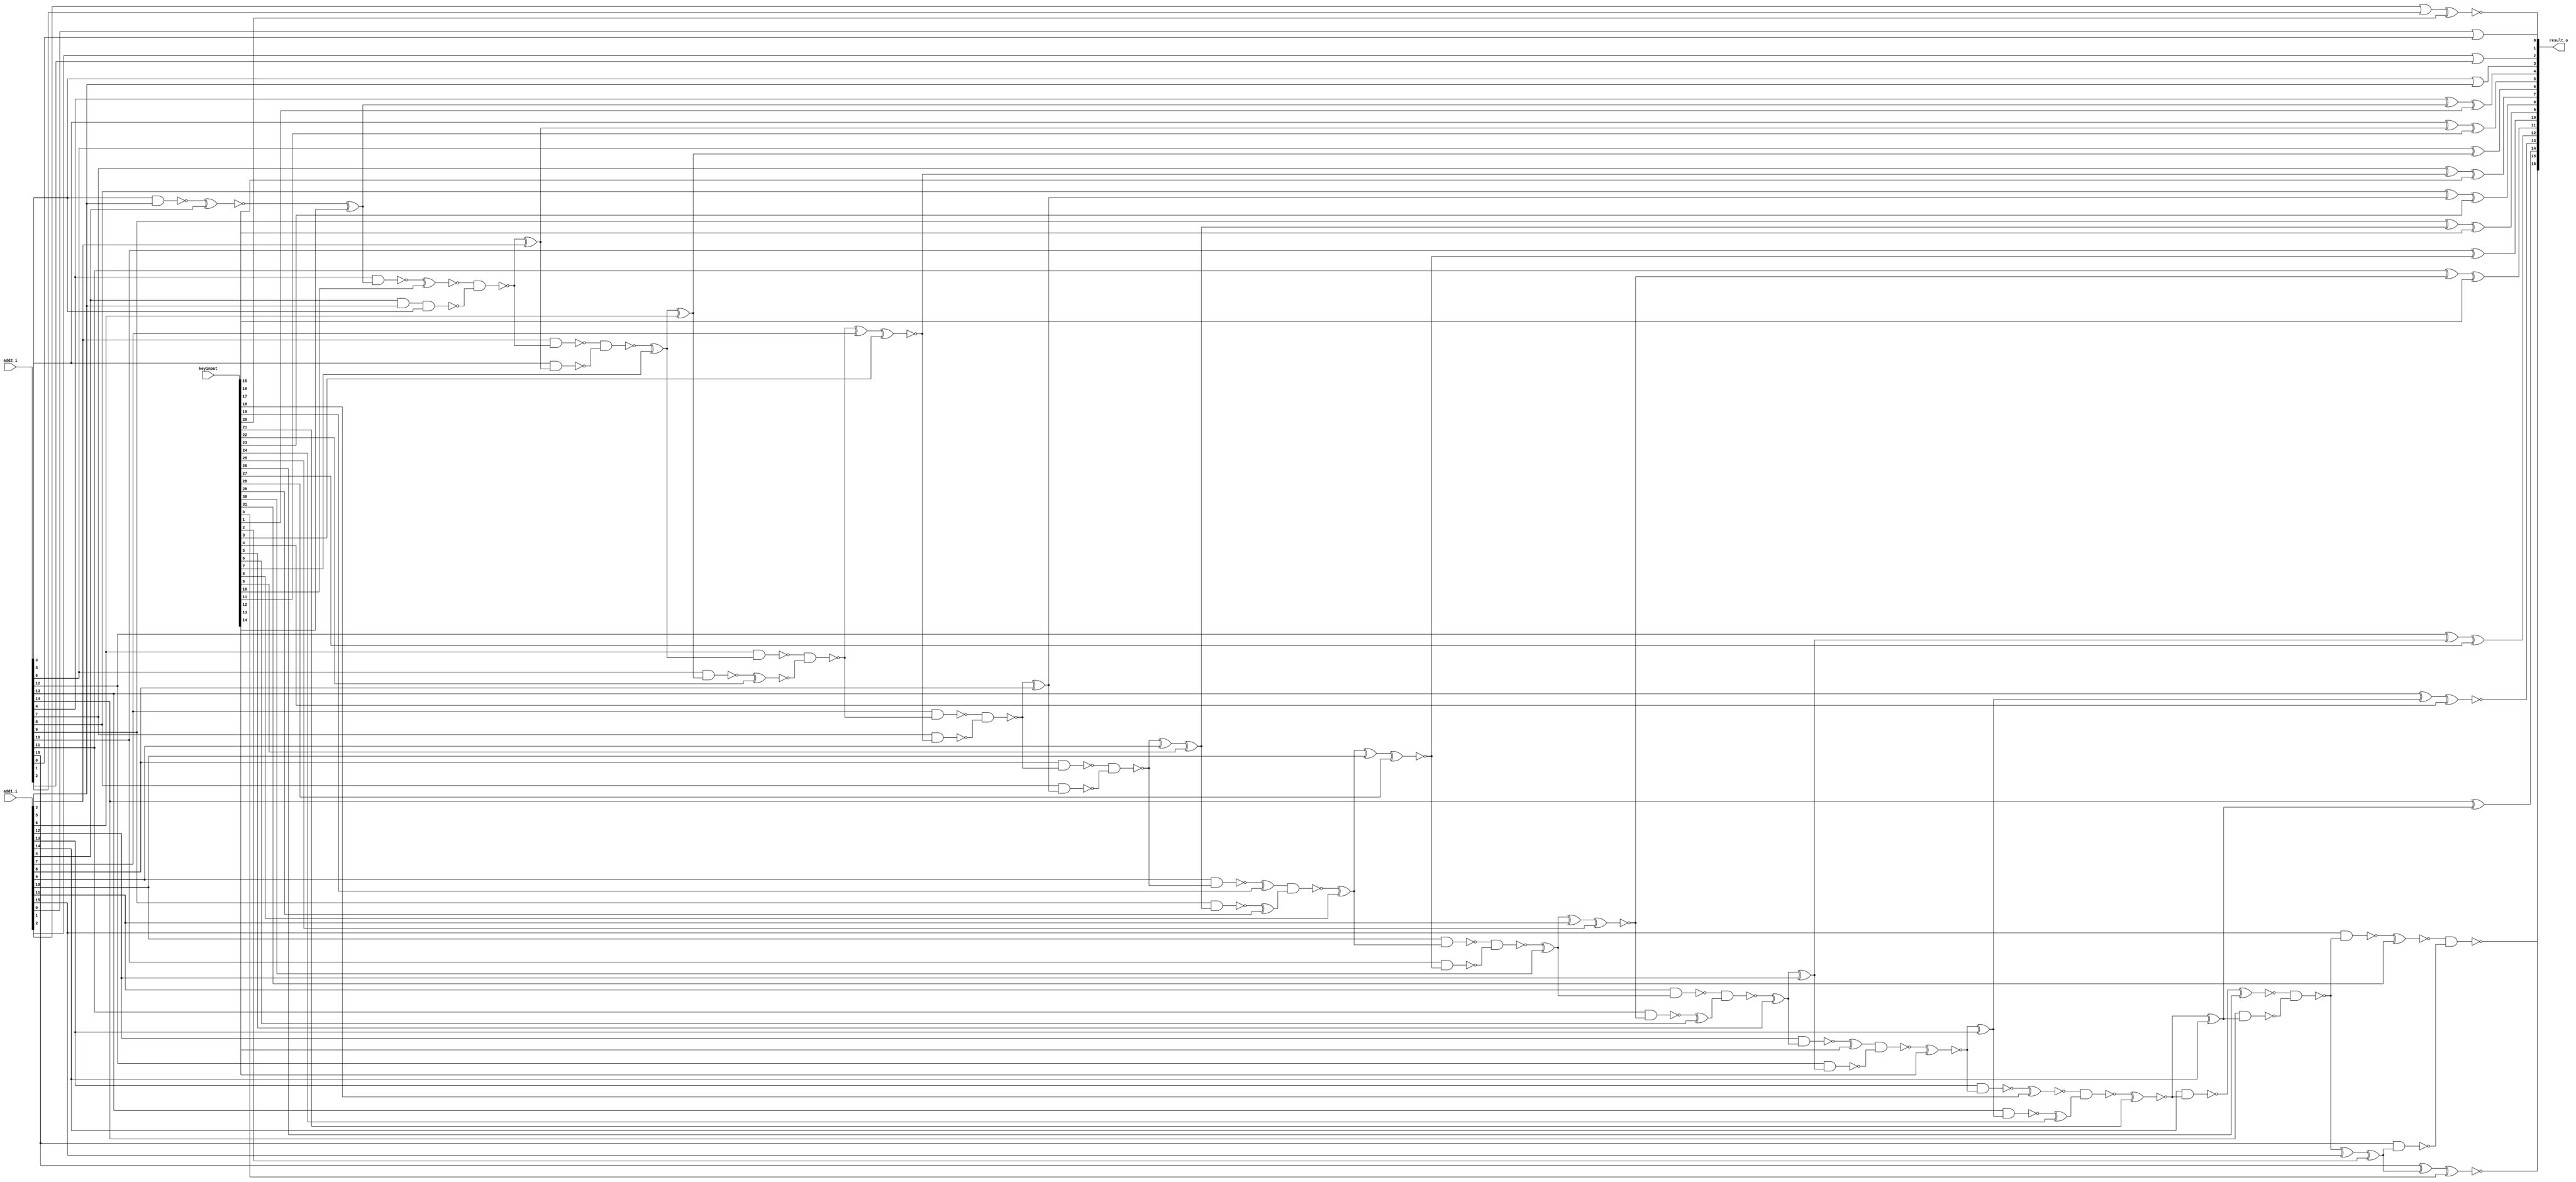
// Verilog File 
module lower_part_or_ripple_carry_adder16_xor_enc32(add1_i,add2_i,keyinput,result_o);

input [15:0] add1_i, add2_i;
input [31:0] keyinput;


output [16:0] result_o;

wire xenc9, xenc15, n37, xenc23, xenc3, xenc17, n39, n40, xenc11, 
xenc12, xenc1, xenc2, xenc0, n45, n44, n48, xenc21, n52, xenc4, 
xenc14, n56, xenc27, xenc5, xenc25, xenc16, xenc30, n60, xenc28, xenc8, 
n64, n68, n36, n71, n74, n38, xenc7, n80, n83, n41, 
n78, n79, n77, n75, xenc22, n76, xenc13, n55, n53, n54, 
xenc18, xenc24, n49, n50, n51, xenc26, n47, n46, xenc10, n82, 
n81, n72, n73, n69, n70, xenc19, xenc29, n65, n66, n67, 
n62, n63, n61, n58, xenc6, n57, n59, xenc31, n43, n42, 
xenc20;

xor g0(xenc15, add2_i[9], xenc9);
xor g1(xenc23, add2_i[8], n37);
xor g2(xenc17, add2_i[7], xenc3);
xor g3(result_o[6], add2_i[6], n39);
xor g4(xenc11, add2_i[5], n40);
xor g5(xenc1, add2_i[4], xenc12);
xor g6(xenc0, add2_i[15], xenc2);
xor g7(n44, n45, add1_i[15]);
xor g8(result_o[14], add2_i[14], n48);
xor g9(n48, xenc21, add1_i[14]);
xor g10(xenc4, add2_i[13], n52);
xor g11(n52, xenc14, add1_i[13]);
xor g12(xenc27, add2_i[12], n56);
xor g13(n56, xenc5, add1_i[12]);
xor g14(xenc16, add2_i[11], xenc25);
xor g15(n60, xenc30, add1_i[11]);
xor g16(result_o[10], add2_i[10], xenc28);
xor g17(n64, xenc8, add1_i[10]);
xor g18(n36, n68, add1_i[9]);
xor g19(n37, n71, add1_i[8]);
xor g20(n38, n74, add1_i[7]);
xor g21(n39, xenc7, add1_i[6]);
xor g22(n40, n80, add1_i[5]);
xnor g23(n41, n83, add1_i[4]);
nand g24(n83, add2_i[3], add1_i[3]);
nand g25(n77, n78, n79);
nand g26(n78, add1_i[5], n80);
nand g27(n79, add2_i[5], n40);
nand g28(n74, n75, xenc22);
nand g29(n75, add1_i[6], xenc7);
nand g30(n76, add2_i[6], n39);
nand g31(n53, xenc13, n55);
nand g32(n54, add1_i[12], xenc5);
nand g33(n55, add2_i[12], n56);
nand g34(n49, xenc18, xenc24);
nand g35(n50, add1_i[13], xenc14);
nand g36(n51, add2_i[13], n52);
nand g37(n45, xenc26, n47);
nand g38(n46, add1_i[14], xenc21);
nand g39(n47, add2_i[14], n48);
nand g40(n80, xenc10, n82);
nand g41(n82, add1_i[4], add1_i[3], add2_i[3]);
nand g42(n81, add2_i[4], xenc12);
nand g43(n71, n72, n73);
nand g44(n72, add1_i[7], n74);
nand g45(n73, add2_i[7], xenc3);
nand g46(n68, n69, n70);
nand g47(n69, add1_i[8], n71);
nand g48(n70, add2_i[8], n37);
nand g49(n65, xenc19, xenc29);
nand g50(n66, add1_i[9], n68);
nand g51(n67, add2_i[9], xenc9);
nand g52(n61, n62, n63);
nand g53(n62, add1_i[10], xenc8);
nand g54(n63, add2_i[10], xenc28);
nand g55(n57, n58, xenc6);
nand g56(n58, add1_i[11], xenc30);
nand g57(n59, add2_i[11], xenc25);
nand g58(result_o[16], xenc31, n43);
nand g59(n42, add1_i[15], n45);
nand g60(n43, add2_i[15], xenc2);
or g61(result_o[0], add1_i[0], add2_i[0]);
or g62(xenc20, add1_i[1], add2_i[1]);
or g63(result_o[2], add1_i[2], add2_i[2]);
or g64(result_o[3], add2_i[3], add1_i[3]);
xnor g65(result_o[15], xenc0, keyinput[0]);
xor g66(result_o[4], xenc1, keyinput[1]);
xor g67(xenc2, n44, keyinput[2]);
xnor g68(xenc3, n38, keyinput[3]);
xnor g69(result_o[13], xenc4, keyinput[4]);
xor g70(xenc5, n57, keyinput[5]);
xor g71(xenc6, n59, keyinput[6]);
xor g72(xenc7, n77, keyinput[7]);
xor g73(xenc8, n65, keyinput[8]);
xor g74(xenc9, n36, keyinput[9]);
xnor g75(xenc10, n81, keyinput[10]);
xor g76(result_o[5], xenc11, keyinput[11]);
xor g77(xenc12, n41, keyinput[12]);
xor g78(xenc13, n54, keyinput[13]);
xnor g79(xenc14, n53, keyinput[14]);
xor g80(result_o[9], xenc15, keyinput[15]);
xor g81(result_o[11], xenc16, keyinput[16]);
xor g82(result_o[7], xenc17, keyinput[17]);
xnor g83(xenc18, n50, keyinput[18]);
xor g84(xenc19, n66, keyinput[19]);
xnor g85(result_o[1], xenc20, keyinput[20]);
xnor g86(xenc21, n49, keyinput[21]);
xnor g87(xenc22, n76, keyinput[22]);
xor g88(result_o[8], xenc23, keyinput[23]);
xor g89(xenc24, n51, keyinput[24]);
xnor g90(xenc25, n60, keyinput[25]);
xnor g91(xenc26, n46, keyinput[26]);
xor g92(result_o[12], xenc27, keyinput[27]);
xnor g93(xenc28, n64, keyinput[28]);
xor g94(xenc29, n67, keyinput[29]);
xor g95(xenc30, n61, keyinput[30]);
xnor g96(xenc31, n42, keyinput[31]);
endmodule